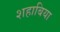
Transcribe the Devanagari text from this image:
शहाबिया